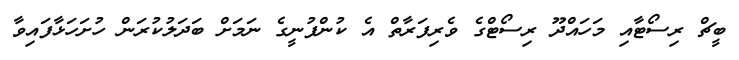
ބީޗް ރިސޯޓާއި މަހައްދޫ ރިސޯޓްގެ ވެރިފަރާތް އެ ކުންފުނީގެ ނަމަށް ބަދަލުކުރަން ހުށަހަޅާފައިވާ